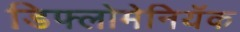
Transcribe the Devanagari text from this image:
डिफ्लोमेनियॅक